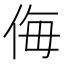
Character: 侮